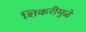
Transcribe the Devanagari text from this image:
शिकरीमुळे